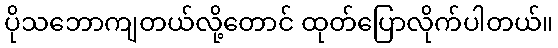
ပိုသဘောကျတယ်လို့တောင် ထုတ်ပြောလိုက်ပါတယ်။